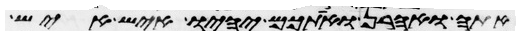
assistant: אתה ואהרן ואתכם יהיו איש איש